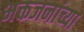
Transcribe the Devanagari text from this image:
भक्तजनांच्या